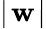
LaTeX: \mid\! \mathbf{w}\! \mid